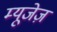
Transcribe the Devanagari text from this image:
म्यूजेज़